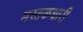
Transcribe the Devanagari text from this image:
मस्तकधारी